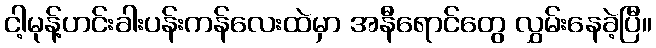
ငါ့မုန့်ဟင်းခါးပန်းကန်လေးထဲမှာ အနီရောင်တွေ လွှမ်းနေခဲ့ပြီ။